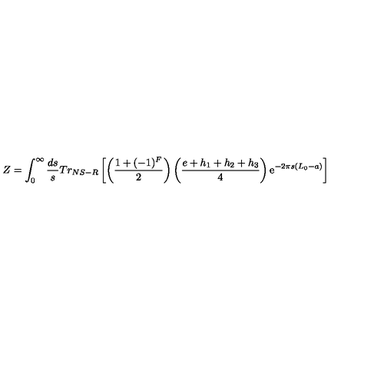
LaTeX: Z = \int _ { 0 } ^ { \infty } \frac { d s } { s } T r _ { N S - R } \left[ \left( \frac { 1 + ( - 1 ) ^ { F } } { 2 } \right) \left( \frac { e + h _ { 1 } + h _ { 2 } + h _ { 3 } } { 4 } \right) \mathrm { e } ^ { - 2 \pi s ( L _ { 0 } - a ) } \right]